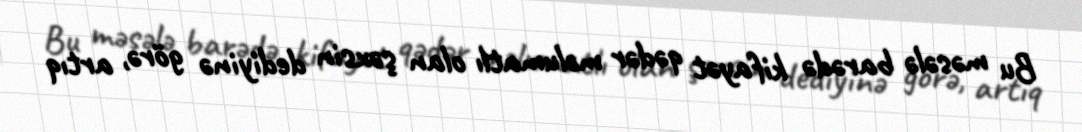
Bu məsələ barədə kifayət qədər məlumatlı olan şəxsin dediyinə görə, artıq